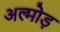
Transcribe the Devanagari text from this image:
अल्मोड़